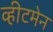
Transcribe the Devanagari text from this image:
व्हीटमेन